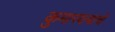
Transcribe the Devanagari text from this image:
कुमारवयाचे